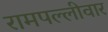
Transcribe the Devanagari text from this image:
रामपल्लीवार